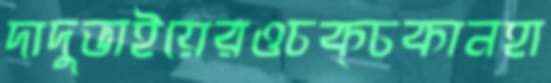
দাদুভাইয়েরওচক্‌চকানহা